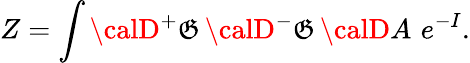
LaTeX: Z=\int{\calD}{^+}\mathfrak{G}\, {\calD}{^-}\mathfrak{G}\, {\calD}A\, \, e^{-I}.